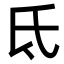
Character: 氐